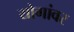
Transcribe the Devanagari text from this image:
योगांवर